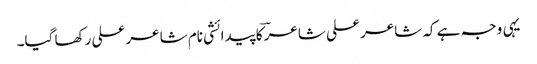
یہی وجہ ہے کہ شاعر علی شاعرؔ کا پیدائشی نام شاعر علی رکھا گیا۔